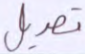
تعديل